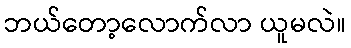
ဘယ်တော့လောက်လာ ယူမလဲ။